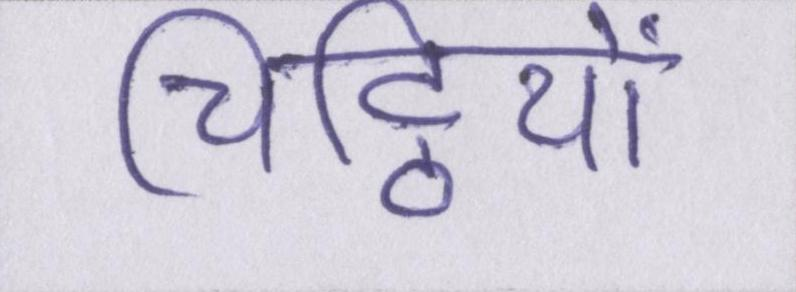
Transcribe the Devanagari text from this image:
चिट्ठियों